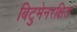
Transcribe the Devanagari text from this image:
बिटुमेनरक्षित